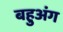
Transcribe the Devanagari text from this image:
बहुअंग